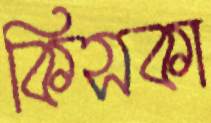
কিসকা